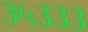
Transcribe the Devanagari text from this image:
३५३३३